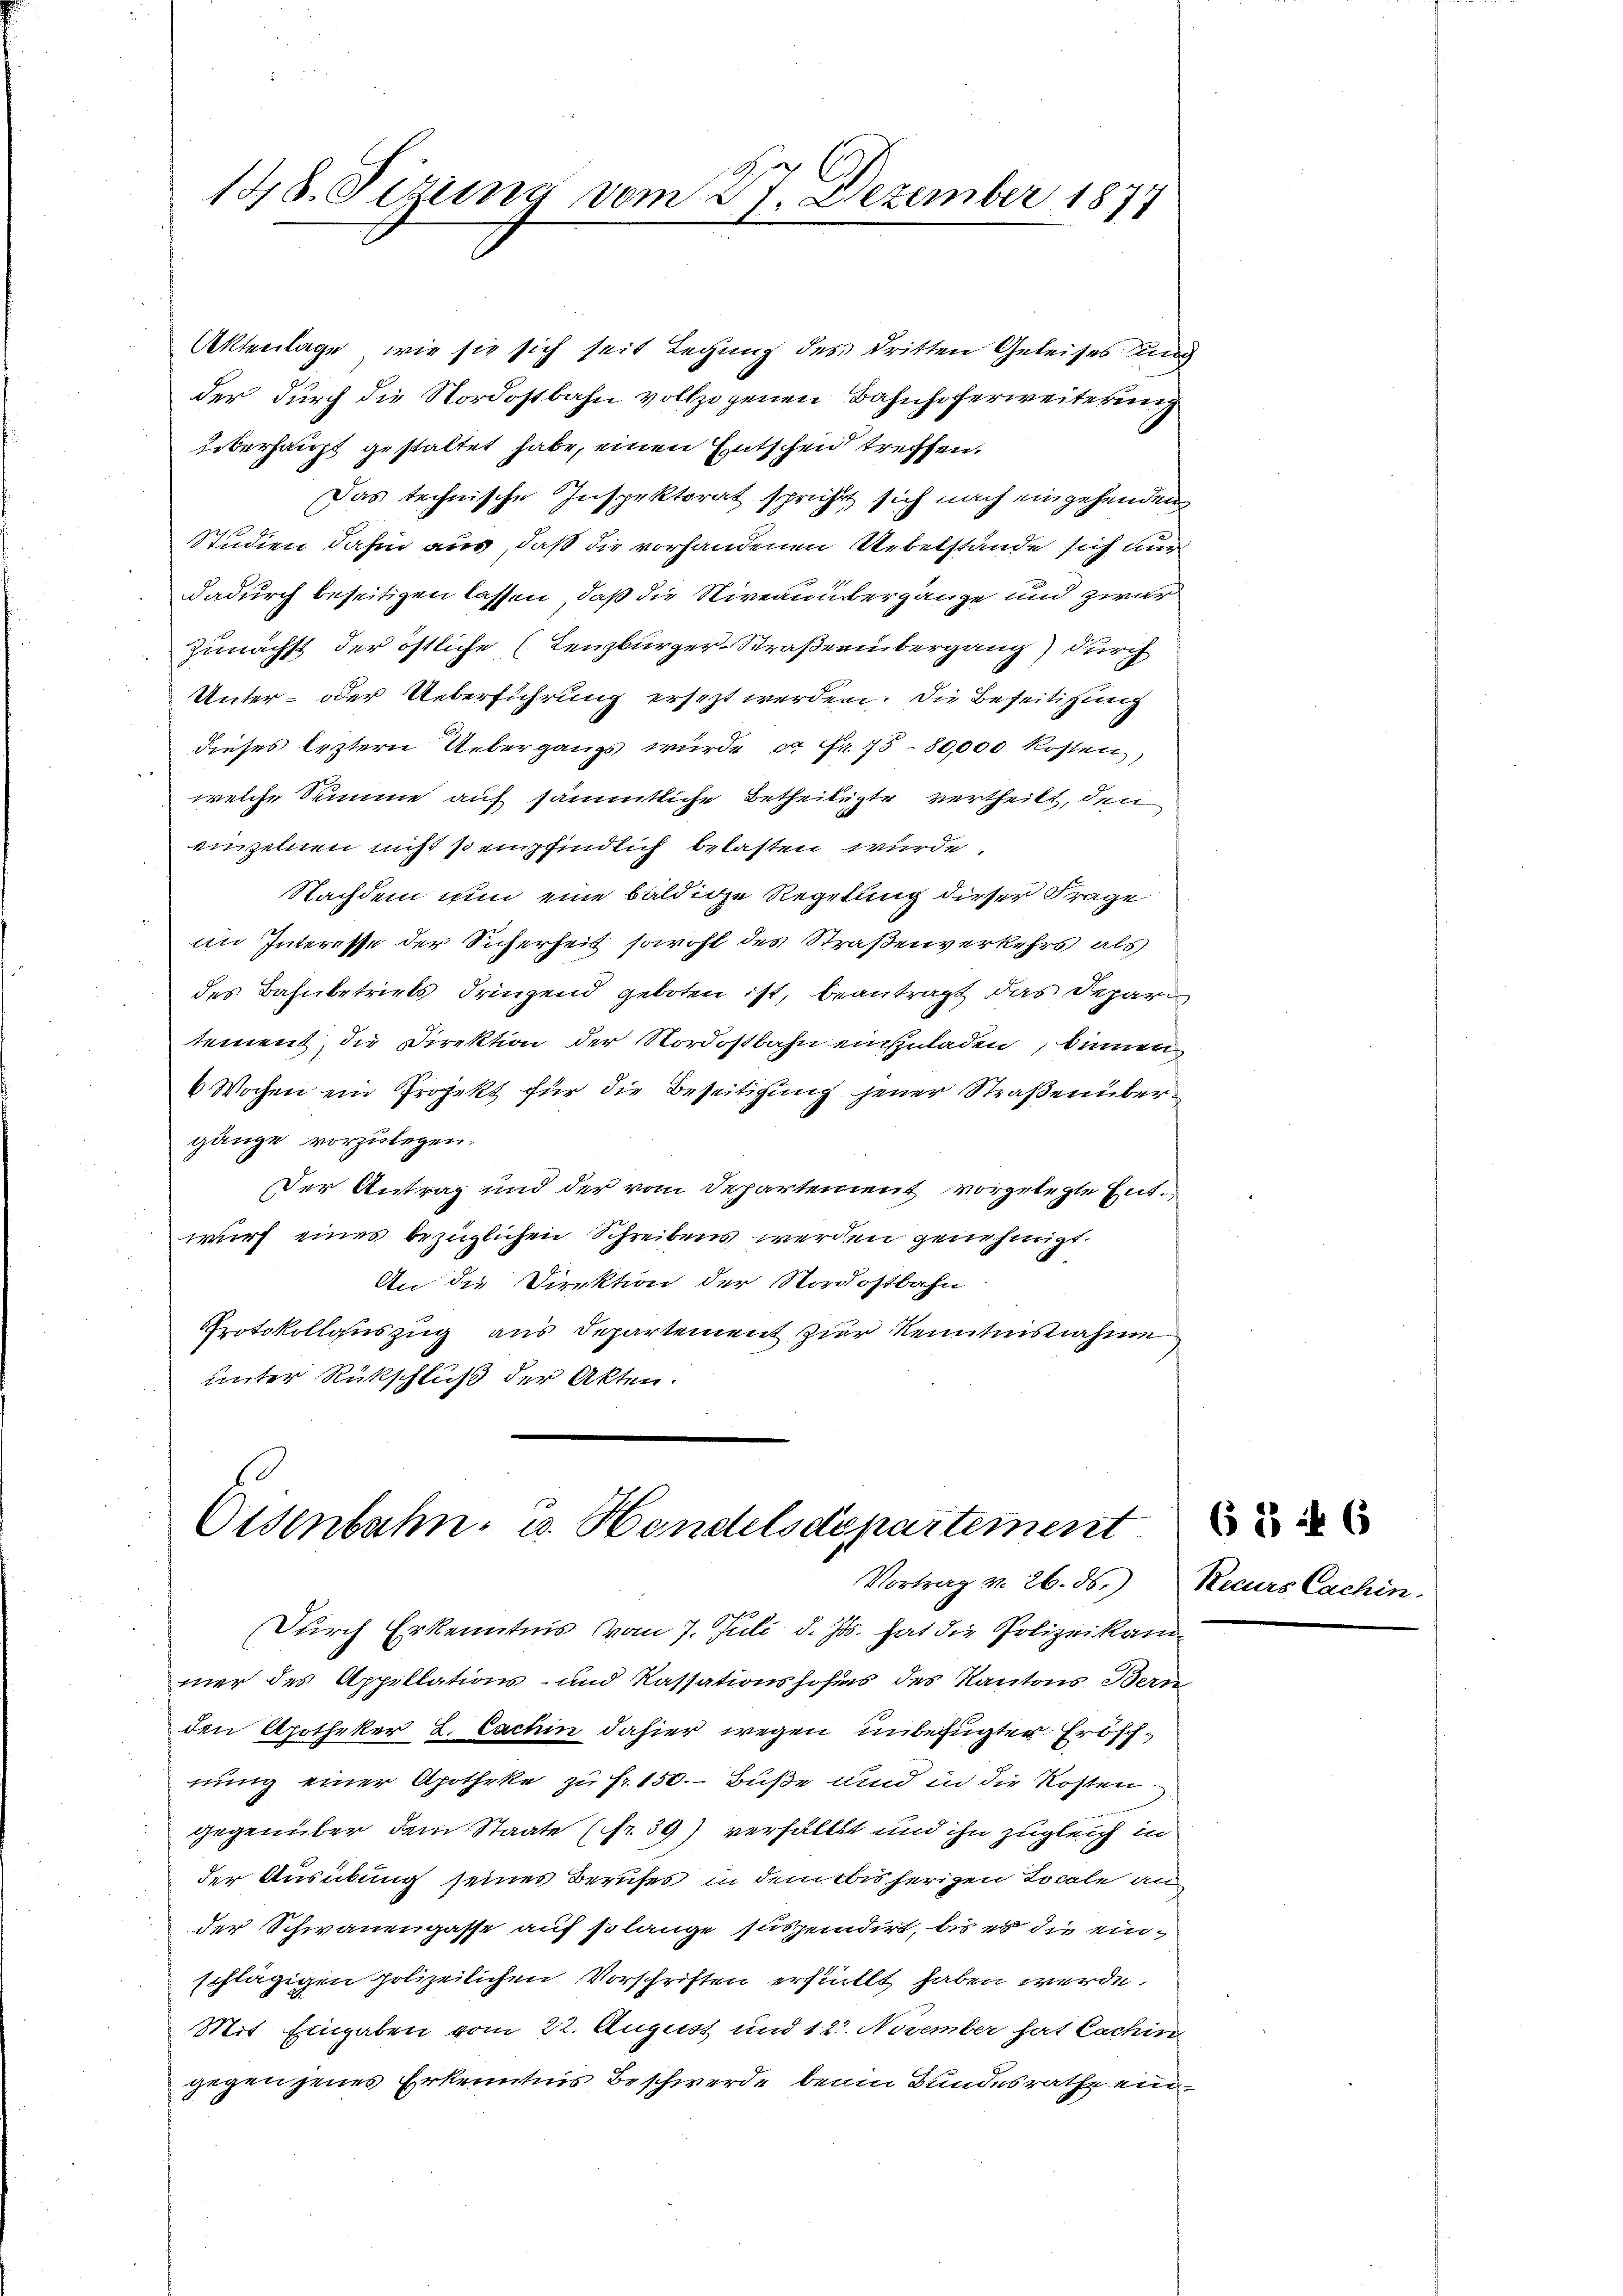
148. Sizung vom 27. Dezember 1874

Aktenlage, wie sie sich seit Legung des dritten Geleises ung
der durch die Nordostbahn vollzogenen Bahnhoferweiterung
überhaupt gestaltet habe, einen Entscheid treffen.
Das technische Inspektorat spricht sich nach eingehenden
Studien dahin aus, daß die vorhandenen Uebelstände sich nur
dadurch beseitigen lassen, daß die Niveaumbergänge und zwar
Zunächst der östliche (Lenzburger-Straßenübergang durch
Unter- oder Ueberführung ersezt werden. Die Beseitigung
dieses leztern Uebergangs wurde ca Fr. 15-80,000 kosten,
welche Stimme auf sämmtliche Betheiligte vertheilt, den
einzelnen nicht sempfindlich belasten wurde.
Nachdem nun eine baldige Regelung dieser Frage
im Interesse der Sicherheit sowohl des Straßenverkehrs als
des Bahnbetriels dringend geboten ist, beantragt das Depari
tement, die Direktion der Nordostbahn einzuladen, Sinner
6 Wochen ein Projekt für die Beseitigung jener Straßenübergänge vorzulegen.
Der Antrag und der vom Departement vorgelegte Entwurf eines bezüglichen Schreibens werden genehmigt.
1.
An die Direktion der Nordostbahn
Protokollauszug aus Departement zier Kenntnisnahme
unter Rückschluß der Akten.

Osenbahn- u. Handelsdepartement
Vortrag v. 26. ds. Recurs Cachin.

Durch Erkenntnis vom 7. Juli d. Js. hat die Polizeikammer des Appellations- und Kassationshofes des Kantons Bern
den Apotheker L. Cachin dahier wegen unbefugter Erbschnung einer Apotheke zu Fr. 150.- Buße und in die Kosten
gegenüber dem Staate (Nr. 39) verfällt und ihn zugleich in
der Ausübung seines Berufes in dem bisherigen Locale au
der Schwanengasse auf so lange suspendirt, bis es die einschlägigen polizeilichen Vorschriften erhielt haben werde.
Mit Eingaben vom 22. August und 12. November hat Cachin
gegen jenes Erkenntnis Beschwerde beim Bundesrathe ein¬